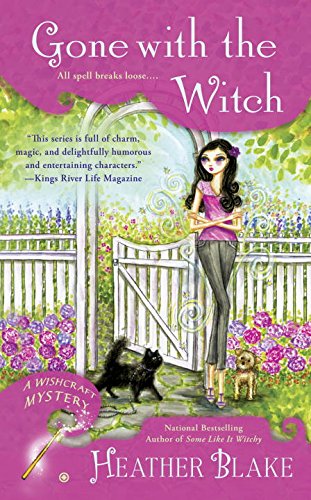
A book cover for Gone With the Witch: A Wishcraft Mystery; Heather Blake; Mystery, Thriller & Suspense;